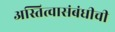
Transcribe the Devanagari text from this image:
अस्तित्वासंबंधीची